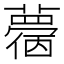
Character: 𧁌